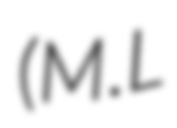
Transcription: (M.L